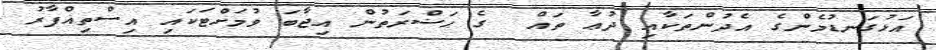
އަޅުގަނޑުމެންގެ އެދުންތަކާއި ދުޢާ ތައް  ގެ ޙަޟްރަތުން އިޖާބަ ވުމަށްޓަކައި އިސްތިޣްފާރު